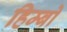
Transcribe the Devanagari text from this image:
हिम्बो